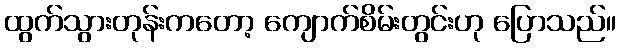
ထွက်သွားတုန်းကတော့ ကျောက်စိမ်းတွင်းဟု ပြောသည်။